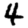
Digit: 4